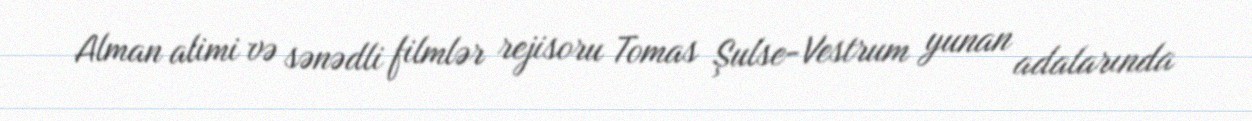
Alman alimi və sənədli filmlər rejisoru Tomas Şulse-Vestrum yunan adalarında